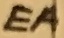
Text: EA